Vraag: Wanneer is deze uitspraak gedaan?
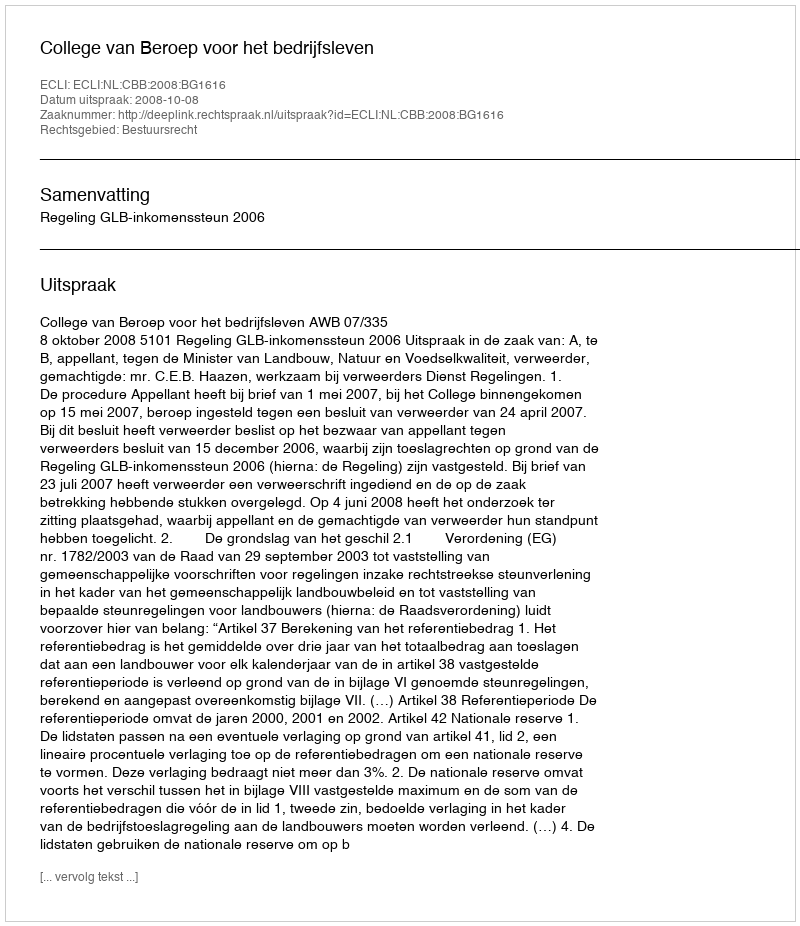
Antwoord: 2008-10-08